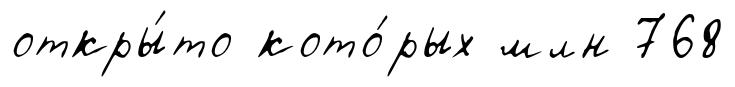
откры́то кото́рых млн 768